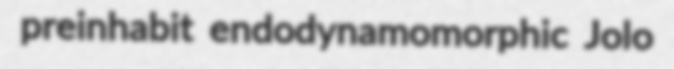
preinhabit endodynamomorphic Jolo